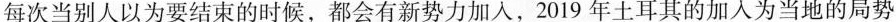
每次当别人以为要结束的时候，都会有新势力加入，2019年土耳其的加入为当地的局势